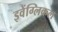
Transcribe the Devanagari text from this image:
इवेंग्लिकल